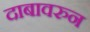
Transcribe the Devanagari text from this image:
दाबावरुन